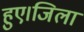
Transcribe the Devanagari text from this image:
हुए।जिला